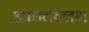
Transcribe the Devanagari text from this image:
आद्यवल्लभ